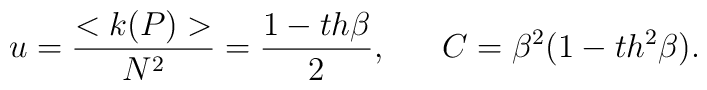
u=\frac{<k(P)>}{N^2}=\frac{1-th\beta}{2},~~~~~C=\beta^2 (1-th^2 \beta) .